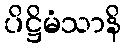
ပိဋ္ဌိမံသာနိ